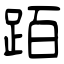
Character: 𬦰